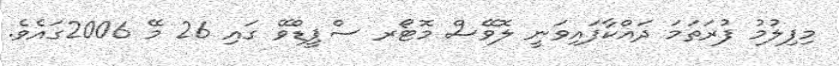
މިފިލުމު ފުރަތަމަ ދައްކާފައިވަނީ ލޮވޭސް މޮޓޯރ ސްޕީޑްވޭ ގައި 26 މޭ 2006ގައެވެ.